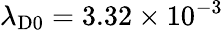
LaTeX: \lambda_{\mathrm{D0}}=3.32\times 10^{-3}